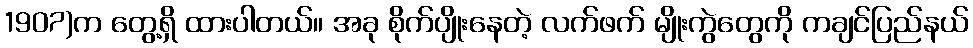
1907)က တွေ့ရှိ ထားပါတယ်။ အခု စိုက်ပျိုးနေတဲ့ လက်ဖက် မျိုးကွဲတွေကို ကချင်ပြည်နယ်